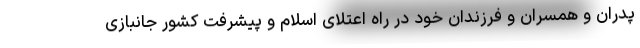
پدران و همسران و فرزندان خود در راه اعتلای اسلام و پیشرفت کشور جانبازی